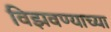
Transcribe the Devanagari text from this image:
विझवण्याच्या